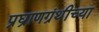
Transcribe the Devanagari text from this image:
प्रघ्राणग्रंथीच्या